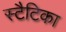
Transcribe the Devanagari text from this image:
स्टैटिका